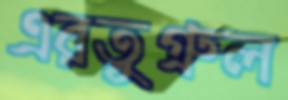
এরতুগ্রুল